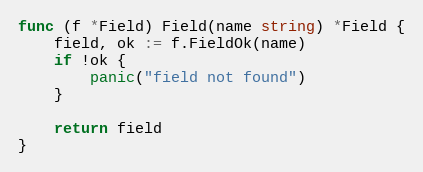
Language: Go
func (f *Field) Field(name string) *Field {
	field, ok := f.FieldOk(name)
	if !ok {
		panic("field not found")
	}

	return field
}